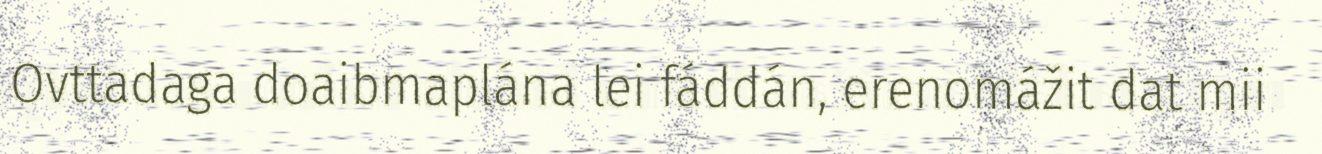
Ovttadaga doaibmaplána lei fáddán, erenomážit dat mii